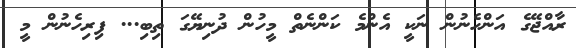
ރާއްޖޭގެ އަންހެނުން ނަކީ އެންމެ ކަންނެތް މީހުން ދުނިޔޭގަ ތިބި... ފިރިހެނުން މީ